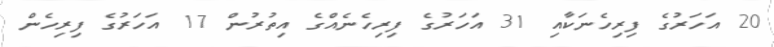
20 އަހަރުގެ ފިރިހެނަކާއި 31 އަހަރުގެ ފިރިހެނެއްގެ އިތުރުން 17 އަހަރުގެ ފިރިހެން